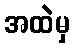
အထဲမှ